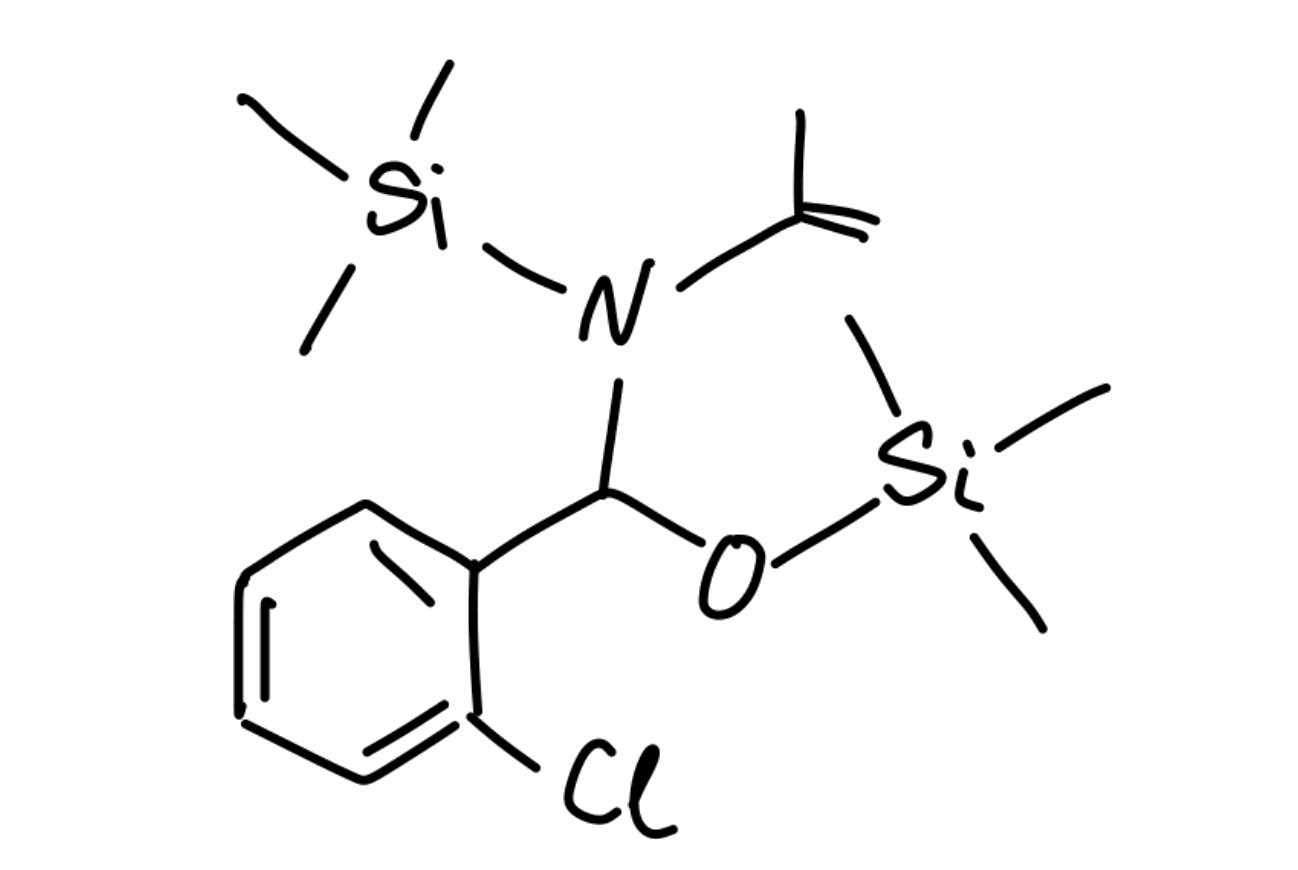
Simplified molecular-input line-entry system (SMILES) notation of the given molecule:
CC(=O)N(C(C1=CC=CC=C1Cl)O[Si](C)(C)C)[Si](C)(C)C